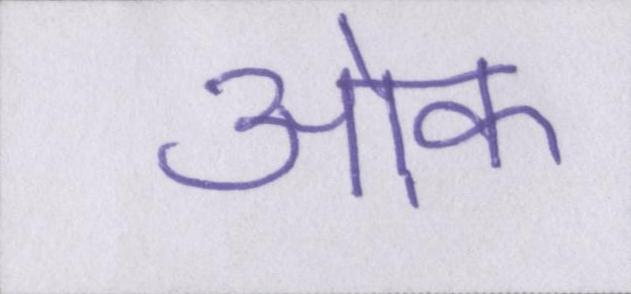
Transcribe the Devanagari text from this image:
ओक